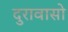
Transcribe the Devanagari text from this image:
दुरावासो